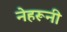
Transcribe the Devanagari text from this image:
नेहरूनी